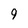
Character: 9